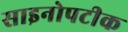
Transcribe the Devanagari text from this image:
साइनोपटीक